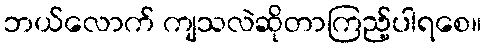
ဘယ်လောက် ကျသလဲဆိုတာကြည့်ပါရစေ။